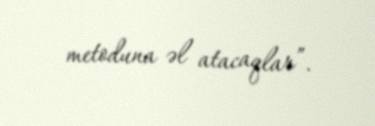
metoduna əl atacaqlar”.